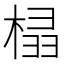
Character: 榋